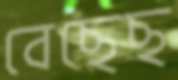
বেছেছ